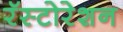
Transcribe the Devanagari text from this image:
रॅस्टोरेशन